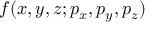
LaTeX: f ( x , y , z ; p _ { x } , p _ { y } , p _ { z } )